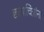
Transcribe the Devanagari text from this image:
छायाचित्रांना